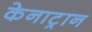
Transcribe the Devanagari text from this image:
केनाट्रान